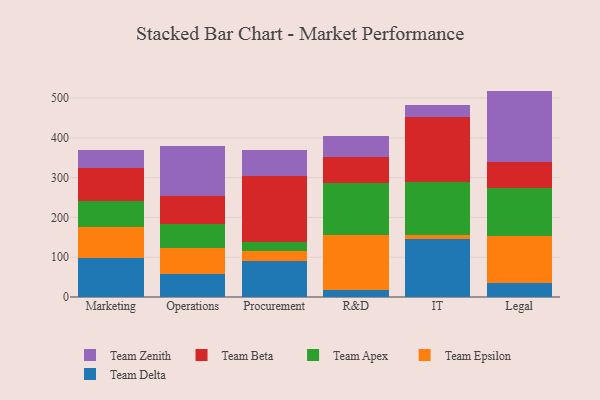
{"axis": {"x": "Department", "y": "Temperature (°C)"}, "legend": ["Team Apex", "Team Beta", "Team Delta", "Team Epsilon", "Team Zenith"], "data": [{"x": "Marketing", "y": 98.3, "type": "Team Delta"}, {"x": "Marketing", "y": 76.6, "type": "Team Epsilon"}, {"x": "Marketing", "y": 65.9, "type": "Team Apex"}, {"x": "Marketing", "y": 83.1, "type": "Team Beta"}, {"x": "Marketing", "y": 46.6, "type": "Team Zenith"}, {"x": "Operations", "y": 58.1, "type": "Team Delta"}, {"x": "Operations", "y": 64.8, "type": "Team Epsilon"}, {"x": "Operations", "y": 59.7, "type": "Team Apex"}, {"x": "Operations", "y": 71.9, "type": "Team Beta"}, {"x": "Operations", "y": 124.8, "type": "Team Zenith"}, {"x": "Procurement", "y": 91.3, "type": "Team Delta"}, {"x": "Procurement", "y": 24.7, "type": "Team Epsilon"}, {"x": "Procurement", "y": 21.7, "type": "Team Apex"}, {"x": "Procurement", "y": 166.9, "type": "Team Beta"}, {"x": "Procurement", "y": 64.2, "type": "Team Zenith"}, {"x": "R&D", "y": 16.4, "type": "Team Delta"}, {"x": "R&D", "y": 138.9, "type": "Team Epsilon"}, {"x": "R&D", "y": 130.4, "type": "Team Apex"}, {"x": "R&D", "y": 66.9, "type": "Team Beta"}, {"x": "R&D", "y": 52.9, "type": "Team Zenith"}, {"x": "IT", "y": 145.1, "type": "Team Delta"}, {"x": "IT", "y": 10.2, "type": "Team Epsilon"}, {"x": "IT", "y": 134.1, "type": "Team Apex"}, {"x": "IT", "y": 164.0, "type": "Team Beta"}, {"x": "IT", "y": 28.7, "type": "Team Zenith"}, {"x": "Legal", "y": 35.9, "type": "Team Delta"}, {"x": "Legal", "y": 116.5, "type": "Team Epsilon"}, {"x": "Legal", "y": 121.2, "type": "Team Apex"}, {"x": "Legal", "y": 65.3, "type": "Team Beta"}, {"x": "Legal", "y": 179.3, "type": "Team Zenith"}]}